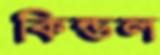
কিন্ডল